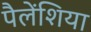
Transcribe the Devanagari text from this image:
पैलेंशिया